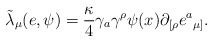
\begin{align*}{\tilde \lambda}_{\mu}(e, \psi) = {\kappa \over 4}\gamma_{a} \gamma^{\rho} \psi(x) \partial_{[\rho} e{^a}_{\mu]}. \end{align*}